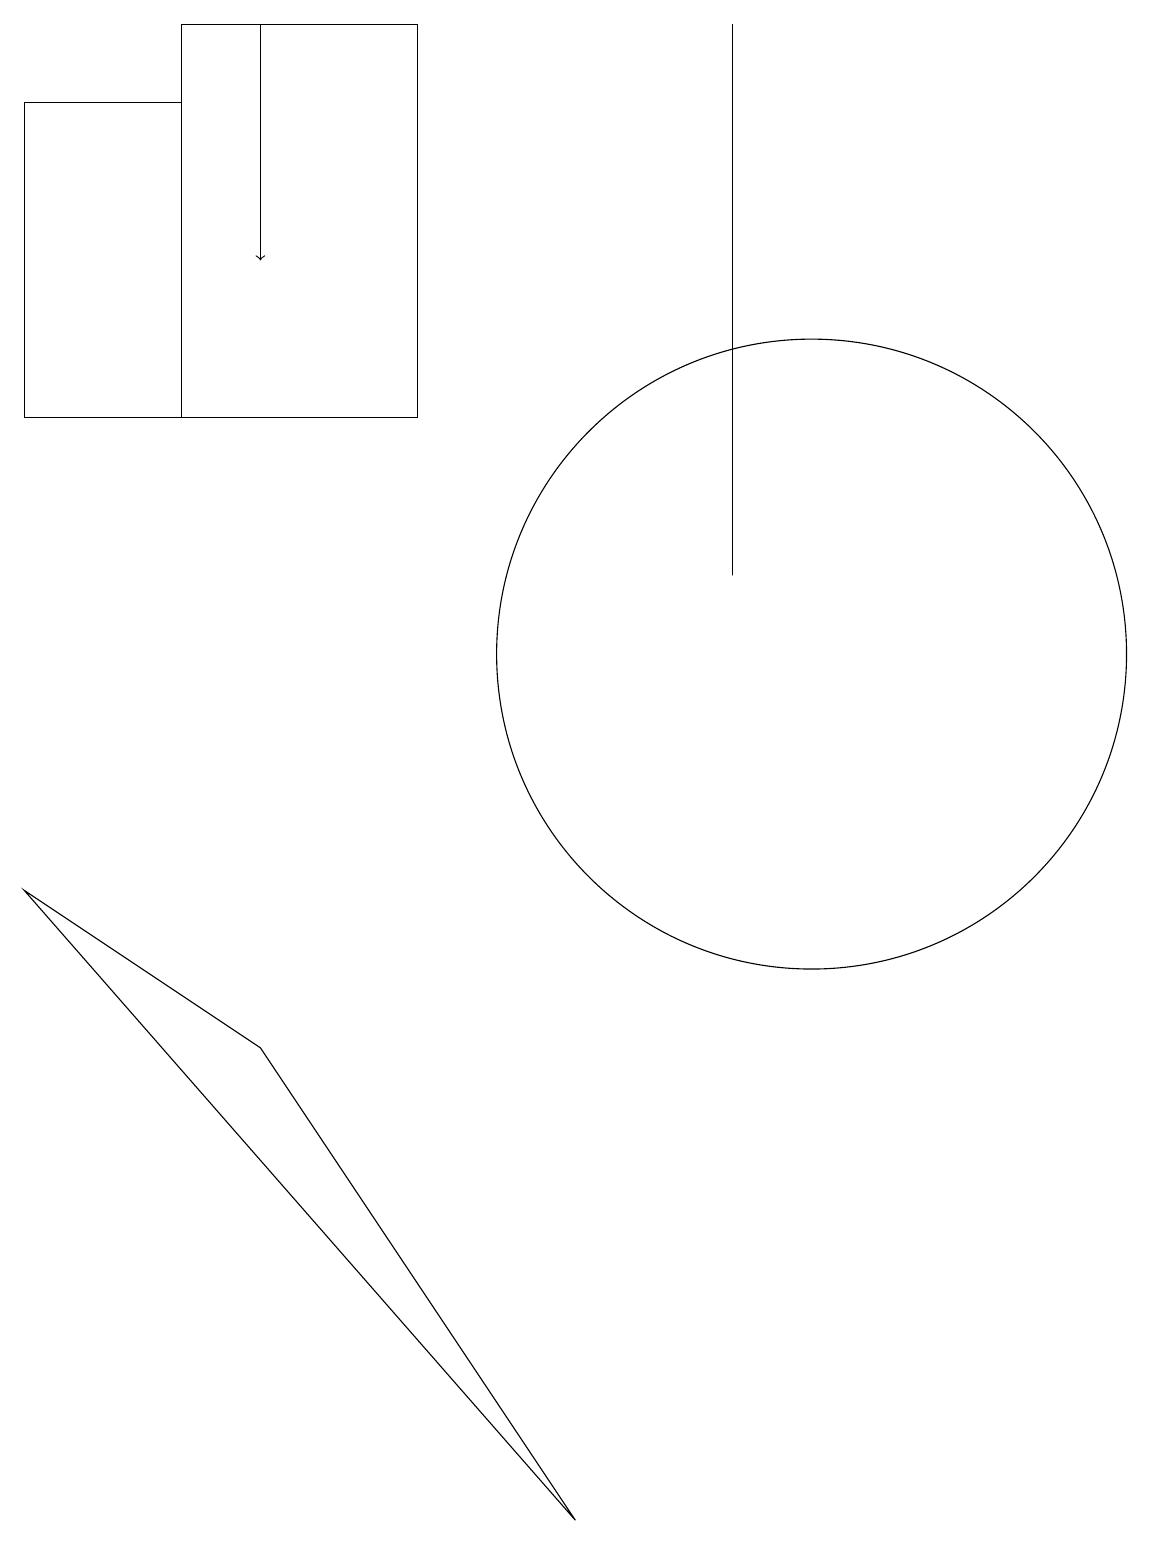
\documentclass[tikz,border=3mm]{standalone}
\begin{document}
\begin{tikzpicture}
\draw (2,14) rectangle (0,18);
\draw (9,19) rectangle (9,12);
\draw[->] (3,19) -- (3,16);
\draw (2,19) rectangle (5,14);
\draw (10,11) circle (4);
\draw (3,6) -- (0,8) -- (7,0) -- cycle;
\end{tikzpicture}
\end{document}